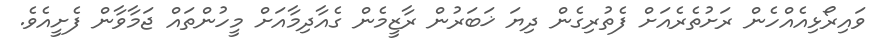
ވައިރޯޅިއެއްހެން ރަށުތެރެއަށް ފެތުރިގެން ދިޔަ ޚަބަރުން ރާޒީމެން ގެއާދިމާއަށް މީހުންތައް ޖަމާވާން ފެށީއެވެ.